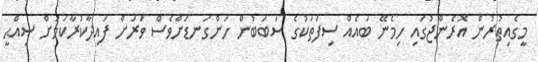
މީގެއިތުރުން އޮރެންޖުގައި ހިމެނޭ ބައެއް ސިފަތަކުގެ ސަބަބުން ހަންގަނޑަށްވެސް ވަރަށް ފައިދާކުރާކަމަށް ޞިއްޙީ